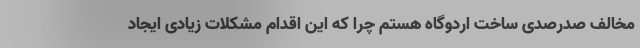
مخالف صدرصدی ساخت اردوگاه هستم چرا که این اقدام مشکلات زیادی ایجاد